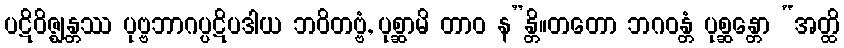
ပဋိဝိဇ္ဈန္တဿ ပုဗ္ဗဘာဂပ္ပဋိပဒါယ ဘဝိတဗ္ဗံ, ပုစ္ဆာမိ တာဝ န”န္တိ။တတော ဘဂဝန္တံ ပုစ္ဆန္တော “အတ္ထိ